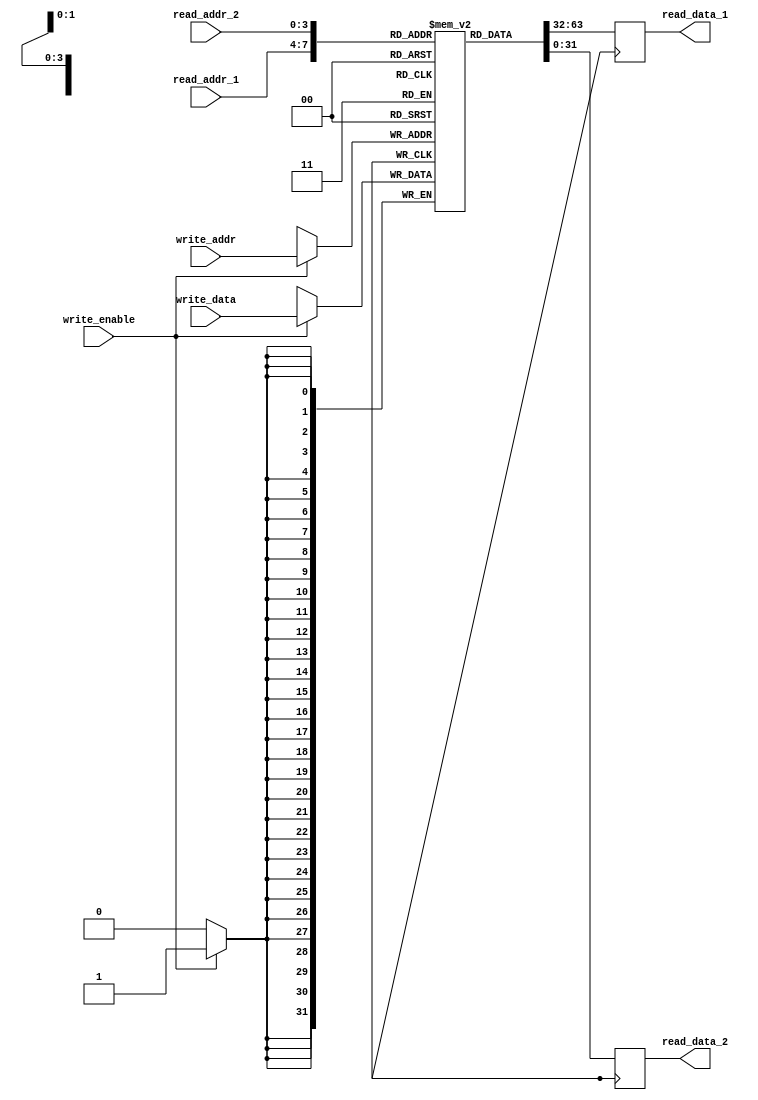
module RegisterFile(
  input wire [3:0] read_addr_1, 
  input wire [3:0] read_addr_2, 
  input wire [3:0] write_addr, 
  input wire write_enable, 
  input wire [31:0] write_data, 
  output reg [31:0] read_data_1, 
  output reg [31:0] read_data_2
);

  reg [31:0] registers [15:0]; // Array of 16 registers
  
  always @ (posedge clk) begin
    if (write_enable)
      registers[write_addr] <= write_data;
    read_data_1 <= registers[read_addr_1];
    read_data_2 <= registers[read_addr_2];
  end

endmodule